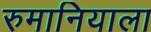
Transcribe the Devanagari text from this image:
रुमानियाला